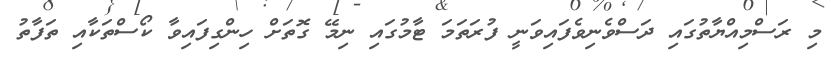
މި ރަސްމިއްޔާތުގައި ދަސްވެނިވެފައިވަނީ ފުރަތަމަ ޓާމުގައި ނިމޭ ގޮތަށް ހިންގިފައިވާ ކޯސްތަކާއި ތަފާތު